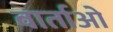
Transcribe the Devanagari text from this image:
वार्ताओ